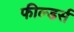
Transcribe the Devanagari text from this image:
फील्डर्स